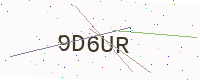
Text: 9D6UR